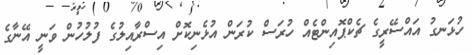
ހުޅަނގު އައްސޭރީގެ ޗެކްޕޮއިންޓެއް ހުރަސް ކުރަން އުޅެނިކޮށް އިސްރާއިލުގެ ފުލުހުން ވަނީ އޭނާގެ